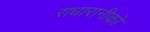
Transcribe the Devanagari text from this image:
राधारानीको